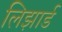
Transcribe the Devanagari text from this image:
लिझार्ड